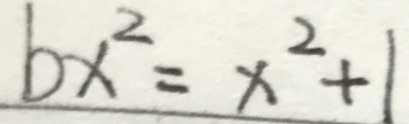
b x ^ { 2 } = x ^ { 2 } + 1